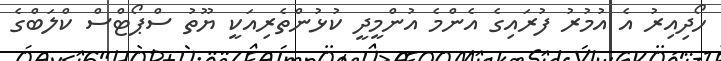
ހޯދިއިރު އެ އުމުރު ފުރައިގެ އެންމެ އުންމީދީ ކުޅުންތެރިއަކީ ޔޫތު ސްޕޯޓްސް ކްލަބްގެ